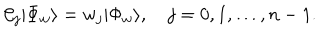
{ \cal C } _ { j } | \Phi _ { w } \rangle = w _ { j } | \Phi _ { w } \rangle , \quad j = 0 , 1 , \ldots , n - 1 .